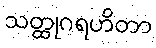
သတ္ထုဂရဟိတာ